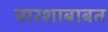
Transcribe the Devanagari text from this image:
वारशाबाबत